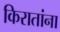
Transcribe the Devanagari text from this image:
किरातांना